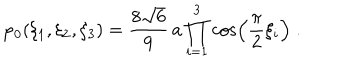
\varphi _ { 0 } ( \xi _ { 1 } , \xi _ { 2 } , \xi _ { 3 } ) = \frac { 8 \sqrt { 6 } } { 9 } \, a \prod _ { i = 1 } ^ { 3 } \cos \left( \frac { \pi } { 2 } \xi _ { i } \right) \; .